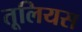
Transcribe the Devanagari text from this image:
तूलियस